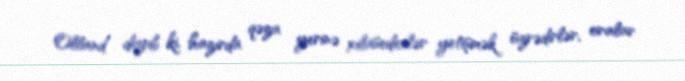
Olland deyib ki, hazırda qəza yerinə xilasedicilər yetişmək üzrədirlər, oralar